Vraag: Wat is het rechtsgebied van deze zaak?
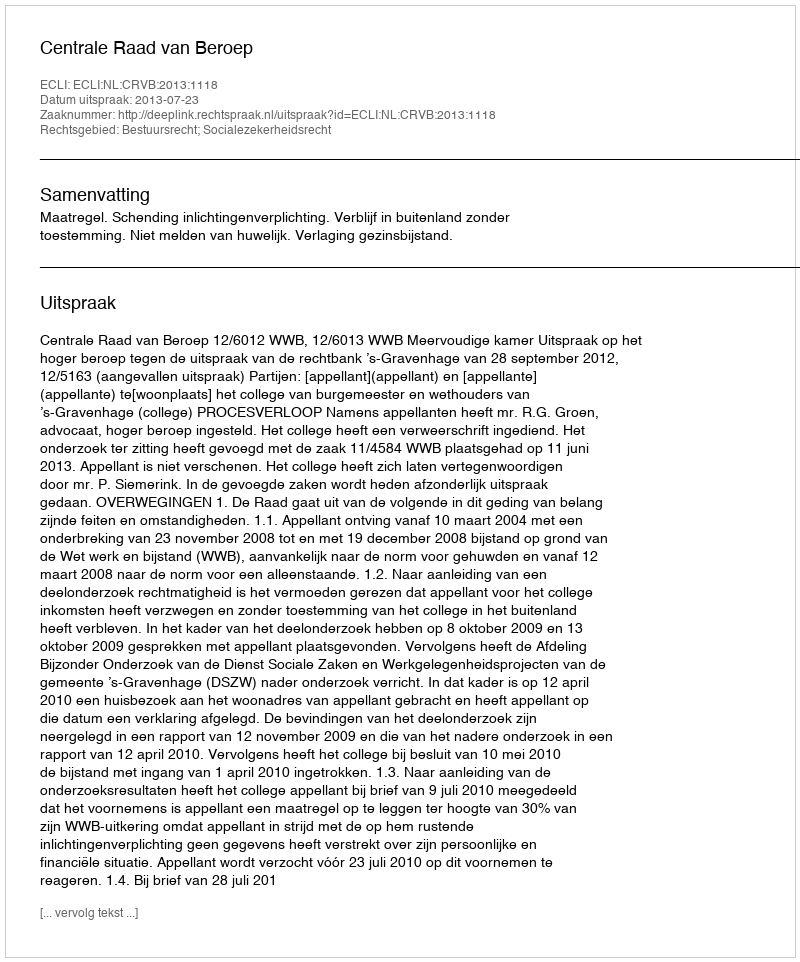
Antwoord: Bestuursrecht; Socialezekerheidsrecht